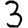
Digit: 3